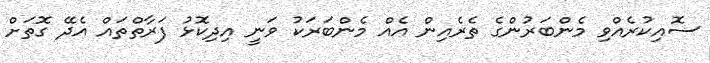
ސޮއިކުރެއްވި މެންބަރުންގެ ތެރެއިން އެއް މެންބަރަކު ވަނީ އިދިކޮޅު ފަރާތްތައް އެދޭ ގޮތަށް